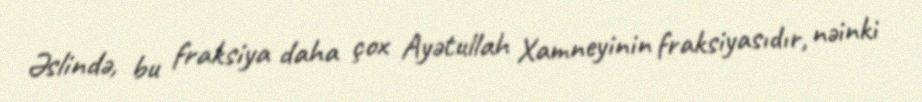
Əslində, bu fraksiya daha çox Ayətullah Xamneyinin fraksiyasıdır, nəinki